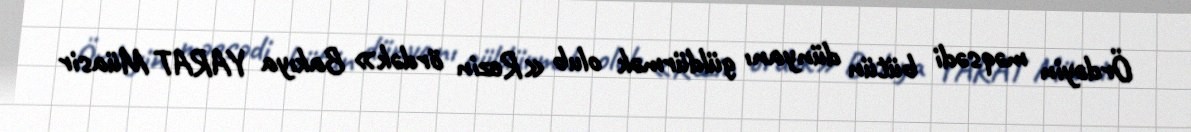
Ördəyin məqsədi bütün dünyanı güldürmək olub «Rezin ördək» Bakıya YARAT Müasir